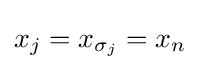
x_{j}=x_{\sigma _{j}}=x_{n}